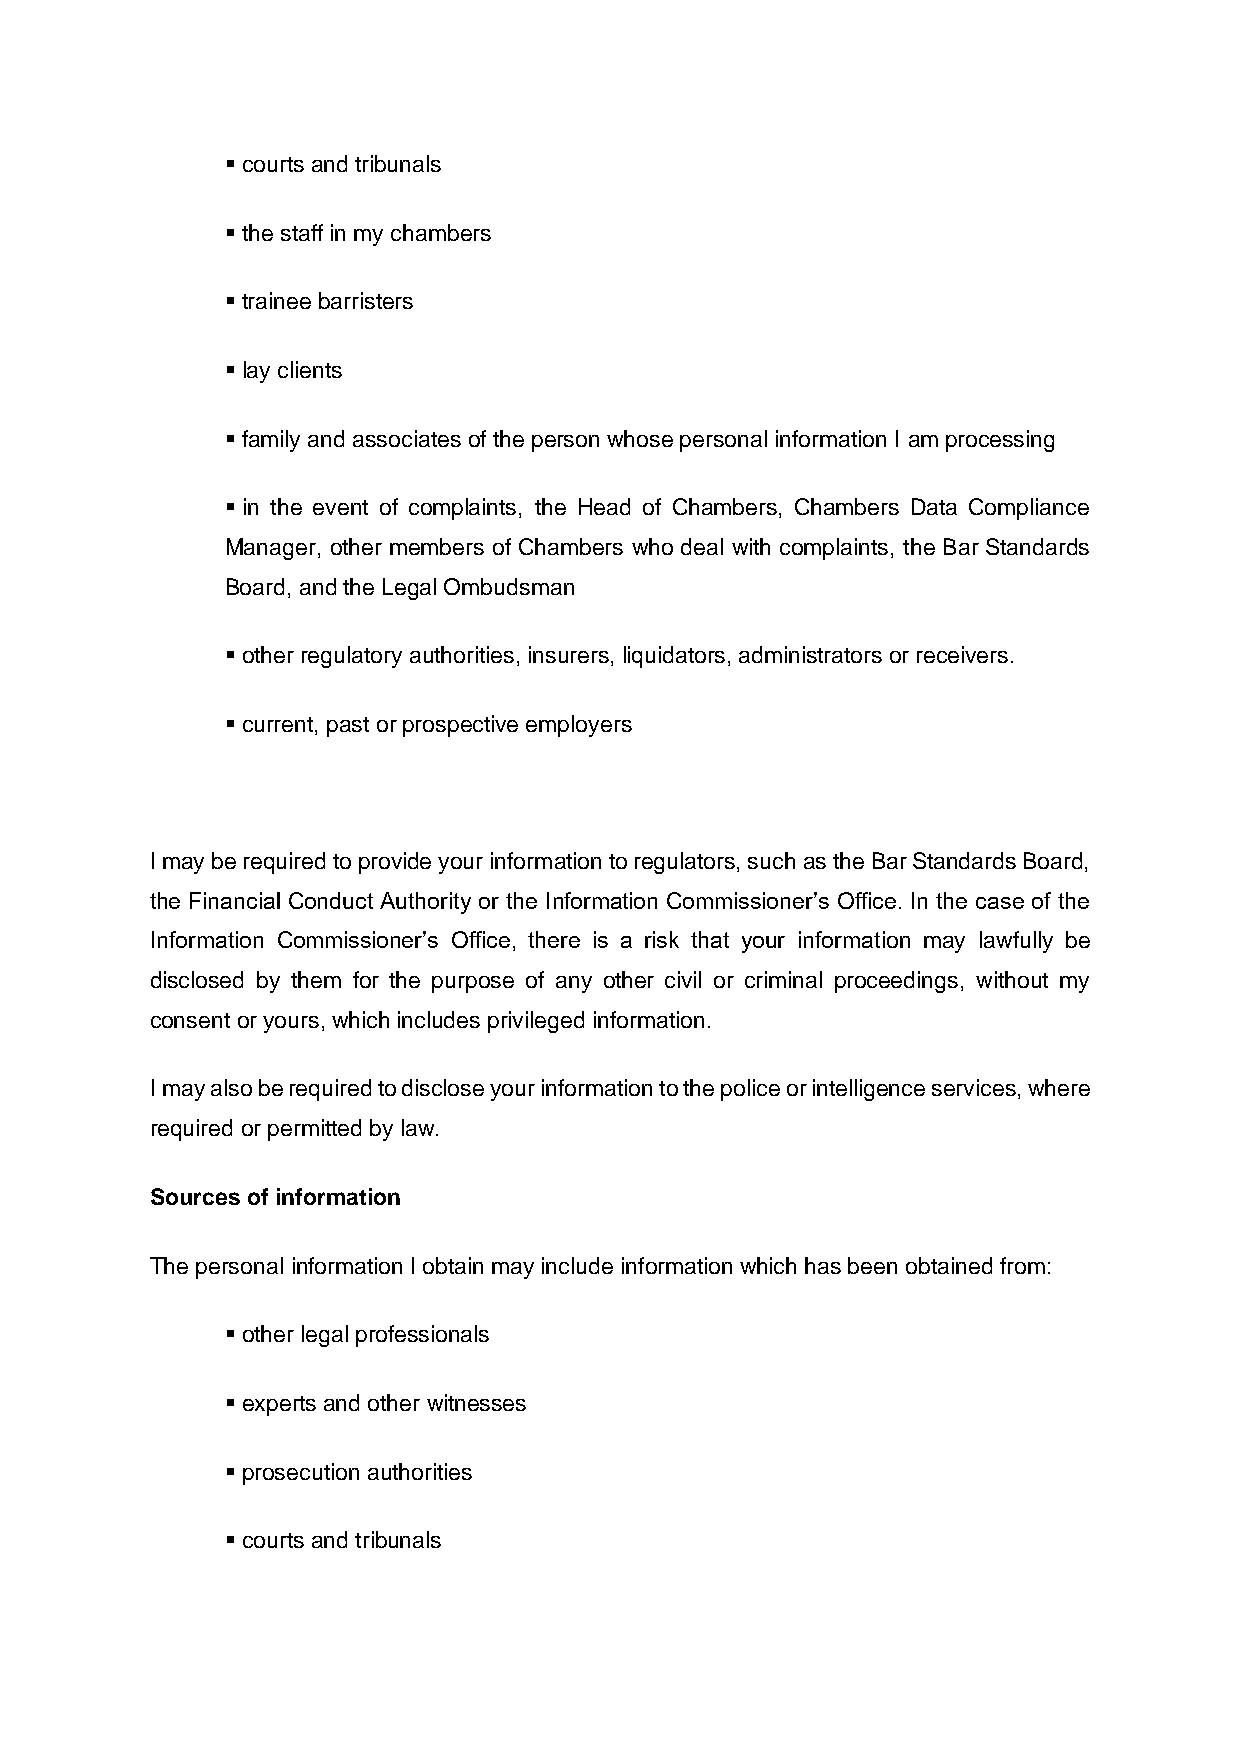
▪ courts and tribunals
 ▪ the staff in my chambers
 ▪ trainee barristers
 ▪ lay clients
 ▪ family and associates of the person whose personal information I am processing
 ▪ in the event of complaints, the Head of Chambers, Chambers Data Compliance
 Manager, other members of Chambers who deal with complaints, the Bar Standards
 Board, and the Legal Ombudsman
 ▪ other regulatory authorities, insurers, liquidators, administrators or receivers.
 ▪ current, past or prospective employers
 0 0 00 0
 I may be required to provide your information to regulators, such as the Bar Standards Board,
 the Financial Conduct Authority or the Information Commissioner’s Office. In the case of the
 Information Commissioner’s Office, there is a risk that your information may lawfully be
 disclosed by them for the purpose of any other civil or criminal proceedings, without my
 consent or yours, which includes privileged information.
 I may also be required to disclose your information to the police or intelligence services, where
 required or permitted by law.
 Sources of information
 The personal information I obtain may include information which has been obtained from:
 ▪ other legal professionals
 ▪ experts and other witnesses
 ▪ prosecution authorities
 ▪ courts and tribunals